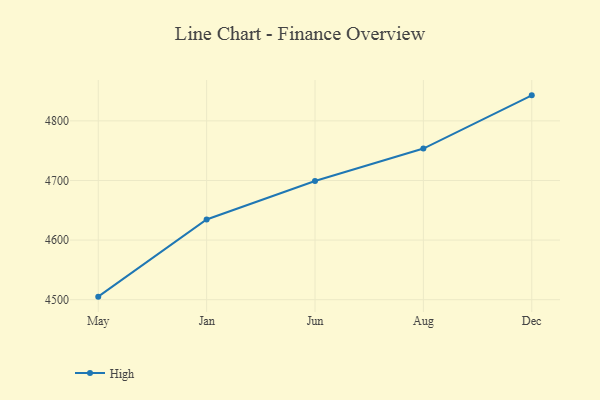
{"axis": {"x": "Month", "y": "LTV (USD)"}, "legend": ["High"], "data": [{"x": "May", "y": 4505.1, "type": "High"}, {"x": "Jan", "y": 4634.5, "type": "High"}, {"x": "Jun", "y": 4699.1, "type": "High"}, {"x": "Aug", "y": 4753.5, "type": "High"}, {"x": "Dec", "y": 4842.8, "type": "High"}]}